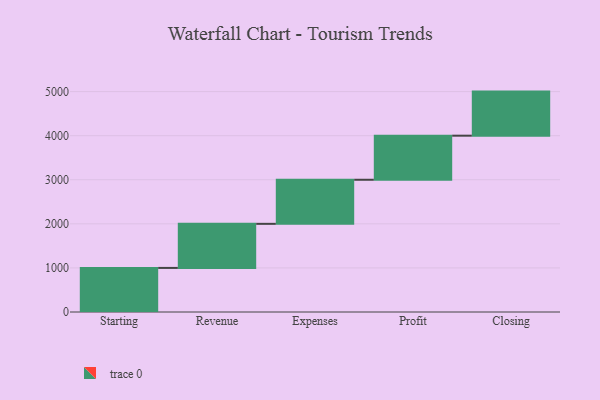
{"axis": {"x": "Step", "y": "Value"}, "legend": [""], "data": [{"x": "Starting", "y": 1000, "type": ""}, {"x": "Revenue", "y": 1000, "type": ""}, {"x": "Expenses", "y": 1000, "type": ""}, {"x": "Profit", "y": 1000, "type": ""}, {"x": "Closing", "y": 1000, "type": ""}]}